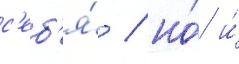
с'еб'я́ / но́ и́